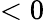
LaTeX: <0